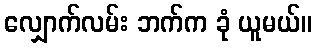
လျှောက်လမ်း ဘက်က ခုံ ယူမယ်။